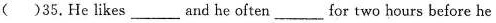
( )35.He likes___and he often__for two hours before he